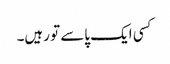
کسی ایک پاسے تو رہیں۔